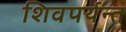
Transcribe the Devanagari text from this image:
शिवपर्यन्त